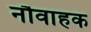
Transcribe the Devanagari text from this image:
नौवाहक